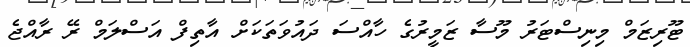
ޓޫރިޒަމް މިނިސްޓަރު މޫސާ ޒަމީރުގެ ހާއްސަ ދައުވަތަކަށް އާތިފް އަސްލަމް ރޭ ރާއްޖެ